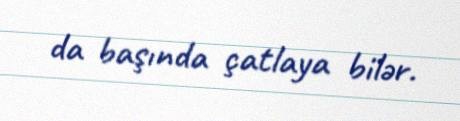
da başında çatlaya bilər.